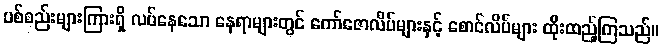
ပစ်စည်းများကြားရှိ လပ်နေသော နေရာများတွင် ကော်ဇောလိပ်များနှင့် စောင်လိပ်များ ထိုးထည့်ကြသည်။